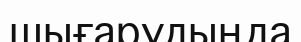
шығарудыңда